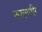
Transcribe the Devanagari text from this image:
नवलगीर